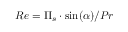
R e = \Pi _ { s } \cdot \sin ( \alpha ) / P r